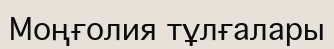
Моңғолия тұлғалары